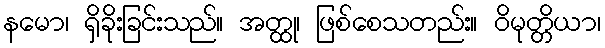
နမော၊ ရှိခိုးခြင်းသည်။ အတ္ထု၊ ဖြစ်စေသတည်း။ ဝိမုတ္တိယာ၊